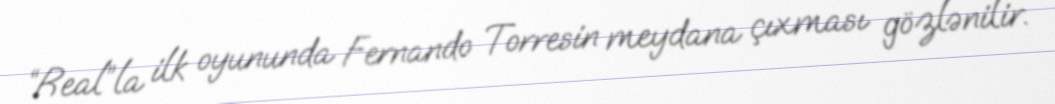
“Real”la ilk oyununda Fernando Torresin meydana çıxması gözlənilir.